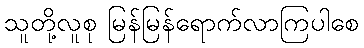
သူတို့လူစု မြန်မြန်ရောက်လာကြပါစေ